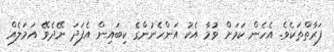
ފަރާތްތަކެވެ. އެހެން ކަމަށް ވުމާ އެކު އަންހެނުންގެ ކިބައިން އެފަދަ ނޭދެވޭ އަމަލެއް